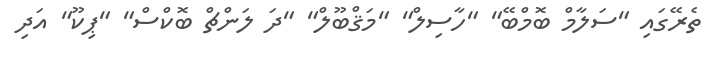
ތެރޭގައި "ސަލާމް ބޮމްބޭ" "ހާސިލް" "މަޤްބޫލް" "ދަ ލަންޗް ބޮކްސް" "ޕިކޫ" އަދި